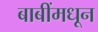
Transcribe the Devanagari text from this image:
बाबींमधून